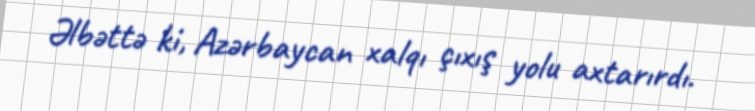
Əlbəttə ki, Azərbaycan xalqı çıxış yolu axtarırdı.